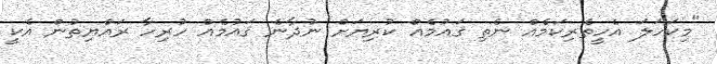
"މިކަހަލަ އެހީތެރިކަމެއް ނެތި ޤައުމެއް ކުރިޔަށް ނުދާނެ ޤައުމެއް ހުރިހާ ރައްޔިތުން އެކީ